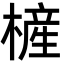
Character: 㯆